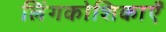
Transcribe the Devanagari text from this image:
लिंगकोशिकाएँ